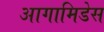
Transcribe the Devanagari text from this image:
आगामिडेस